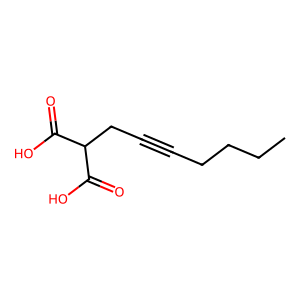
SMILES: CCCCC#CCC(C(=O)O)C(=O)O
Inhibits HIV replication: No